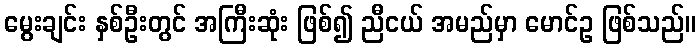
မွေးချင်း နှစ်ဦးတွင် အကြီးဆုံး ဖြစ်၍ ညီငယ် အမည်မှာ မောင်ဥ ဖြစ်သည်။